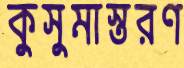
কুসুমাস্তরণ